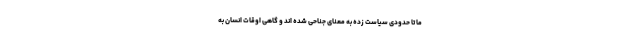
ما تا حدودی سیاست زده به معنای جناحی شده اند و گاهی اوقات انسان به